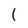
Character: 1